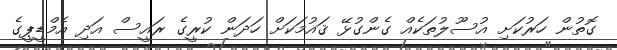
ގޮތުން ހަރުކަށި އުސޫލުތަކެއް ގެންގުޅޭ ޤައުމަކަށް ހަދަން ކުރީގެ ރައީސް އަދި އެމްޑީޕީގެ